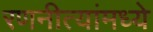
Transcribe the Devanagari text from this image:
रणनीत्यांमध्ये